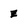
Character: z